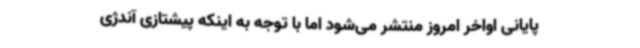
پایانی اواخر امروز منتشر می‌شود اما با توجه به اینکه پیشتازی آندژی